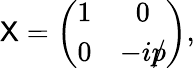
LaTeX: {\sf X}=\left(\begin{array}{cc}{{1}}&{{0}}\\ {{0}}&{{-ip\llap/}}\end{array}\right),